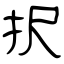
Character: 択